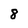
Character: 8